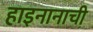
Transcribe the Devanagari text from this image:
हाइनानाची